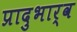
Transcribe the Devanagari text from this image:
प्रादुभार्व